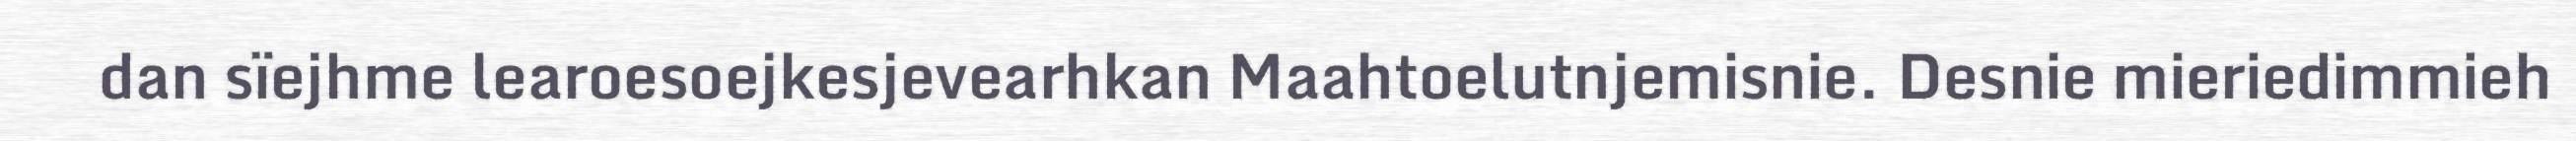
dan sïejhme learoesoejkesjevearhkan Maahtoelutnjemisnie. Desnie mieriedimmieh